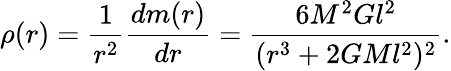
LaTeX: \rho(r)=\frac{1}{r^{2}}\frac{dm(r)}{dr}=\frac{6M^{2}Gl^{2}}{(r^{3}+2GMl^{2})^{2}}.